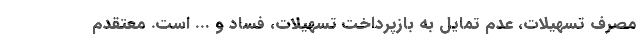
مصرف تسهیلات، عدم تمایل به بازپرداخت تسهیلات، فساد و ... است. معتقدم